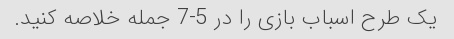
یک طرح اسباب بازی را در 5-7 جمله خلاصه کنید.